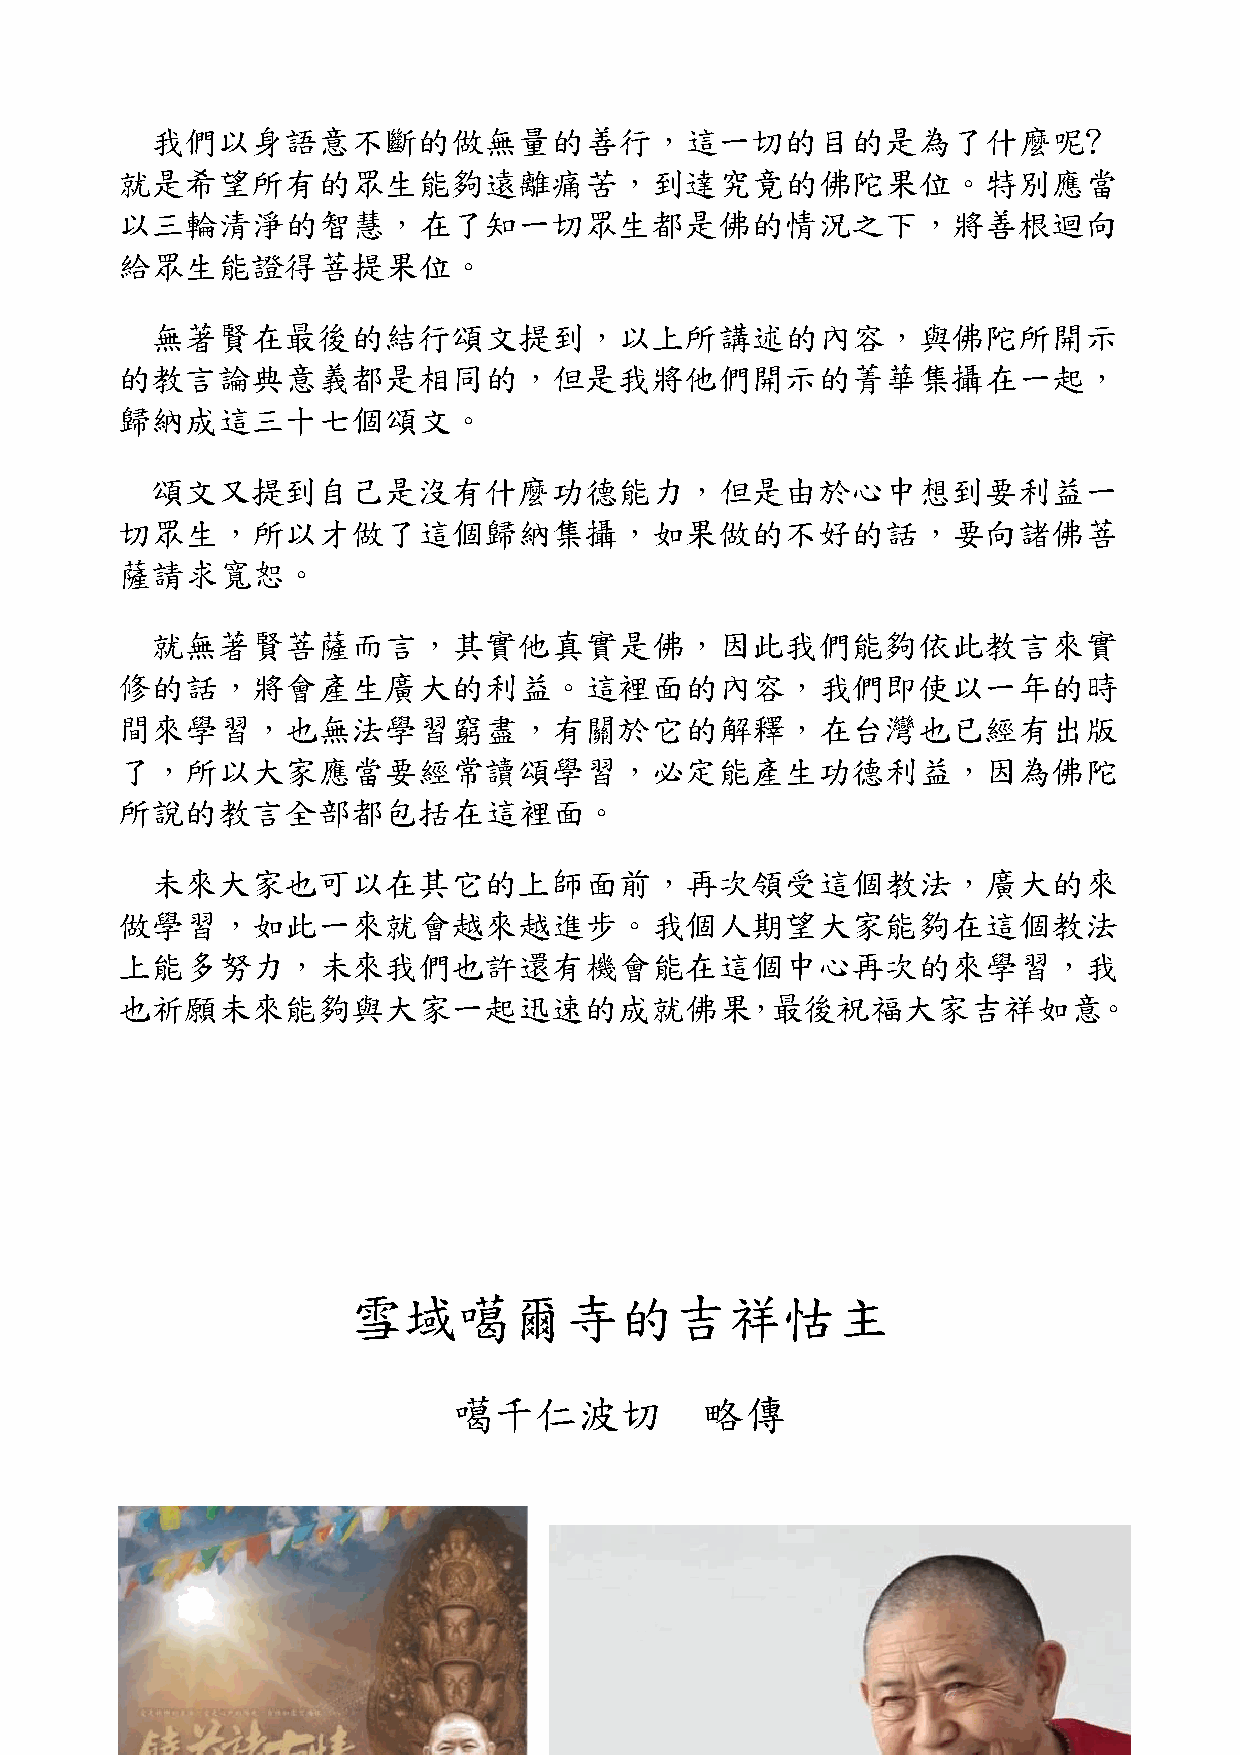
我們以身語意不斷的做無量的善行，這一切的目的是為了什麼呢?
 就是希望所有的眾生能夠遠離痛苦，到達究竟的佛陀果位。特別應當
 以三輪清淨的智慧，在了知一切眾生都是佛的情況之下，將善根迴向
 給眾生能證得菩提果位。
 無著賢在最後的結行頌文提到，以上所講述的內容，與佛陀所開示
 的教言論典意義都是相同的，但是我將他們開示的菁華集攝在一起，
 歸納成這三十七個頌文。
 頌文又提到自己是沒有什麼功德能力，但是由於心中想到要利益一
 切眾生，所以才做了這個歸納集攝，如果做的不好的話，要向諸佛菩
 薩請求寬恕。
 就無著賢菩薩而言，其實他真實是佛，因此我們能夠依此教言來實
 修的話，將會產生廣大的利益。這裡面的內容，我們即使以一年的時
 間來學習，也無法學習窮盡，有關於它的解釋，在台灣也已經有出版
 了，所以大家應當要經常讀頌學習，必定能產生功德利益，因為佛陀
 所說的教言全部都包括在這裡面。
 未來大家也可以在其它的上師面前，再次領受這個教法，廣大的來
 做學習，如此一來就會越來越進步。我個人期望大家能夠在這個教法
 上能多努力，未來我們也許還有機會能在這個中心再次的來學習，我
 也祈願未來能夠與大家一起迅速的成就佛果，最後祝福大家吉祥如意。
 雪域噶爾寺的吉祥怙主
 噶千仁波切            略傳
 佛子行三十七頌                                                         55